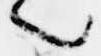
之